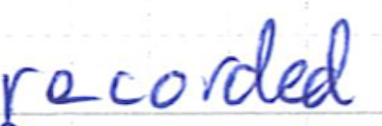
Text: recorded
Cross-out: clean
Writing tool: ballpoint